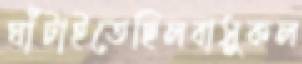
ঘাঁটাইতেছিলবাসুকল